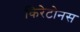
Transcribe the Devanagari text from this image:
किरेटोनस